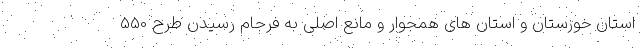
استان خوزستان و استان های همجوار و مانع اصلی به فرجام رسیدن طرح 550